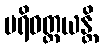
ပရိဝတ္တယန္တိ